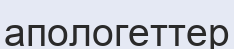
апологеттер